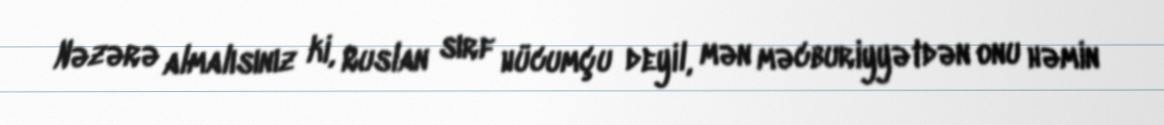
Nəzərə almalısınız ki, Ruslan sırf hücumçu deyil, mən məcburiyyətdən onu həmin